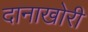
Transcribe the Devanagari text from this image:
दानाखोरी